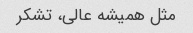
مثل همیشه عالی، تشکر